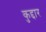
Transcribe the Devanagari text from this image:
कुद्दार